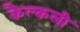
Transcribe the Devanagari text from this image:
कैल्कली